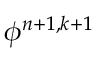
\phi ^ { n + 1 , k + 1 }